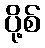
ပို့စ်